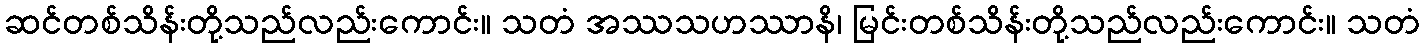
ဆင်တစ်သိန်းတို့သည်လည်းကောင်း။ သတံ အဿသဟဿာနိ၊ မြင်းတစ်သိန်းတို့သည်လည်းကောင်း။ သတံ